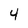
Character: 4